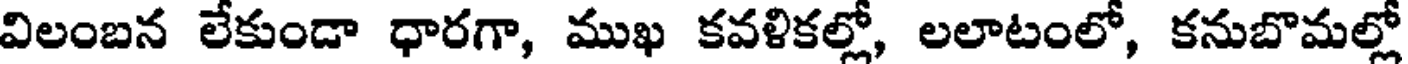
విలంబన లేకుండా ధారగా, ముఖ కవళికల్లో, లలాటంలో, కనుబొమల్లో